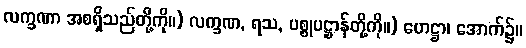
လက္ခဏာ အစရှိသည်တို့ကို။) လက္ခဏ, ရသ, ပစ္စုပဋ္ဌာန်တို့ကို။) ဟေဋ္ဌာ၊ အောက်၌။